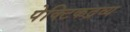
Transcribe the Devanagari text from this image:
पेक्टिकद्रव्य